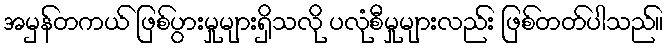
အမှန်တကယ် ဖြစ်ပွားမှုများရှိသလို ပလုံစီမှုများလည်း ဖြစ်တတ်ပါသည်။